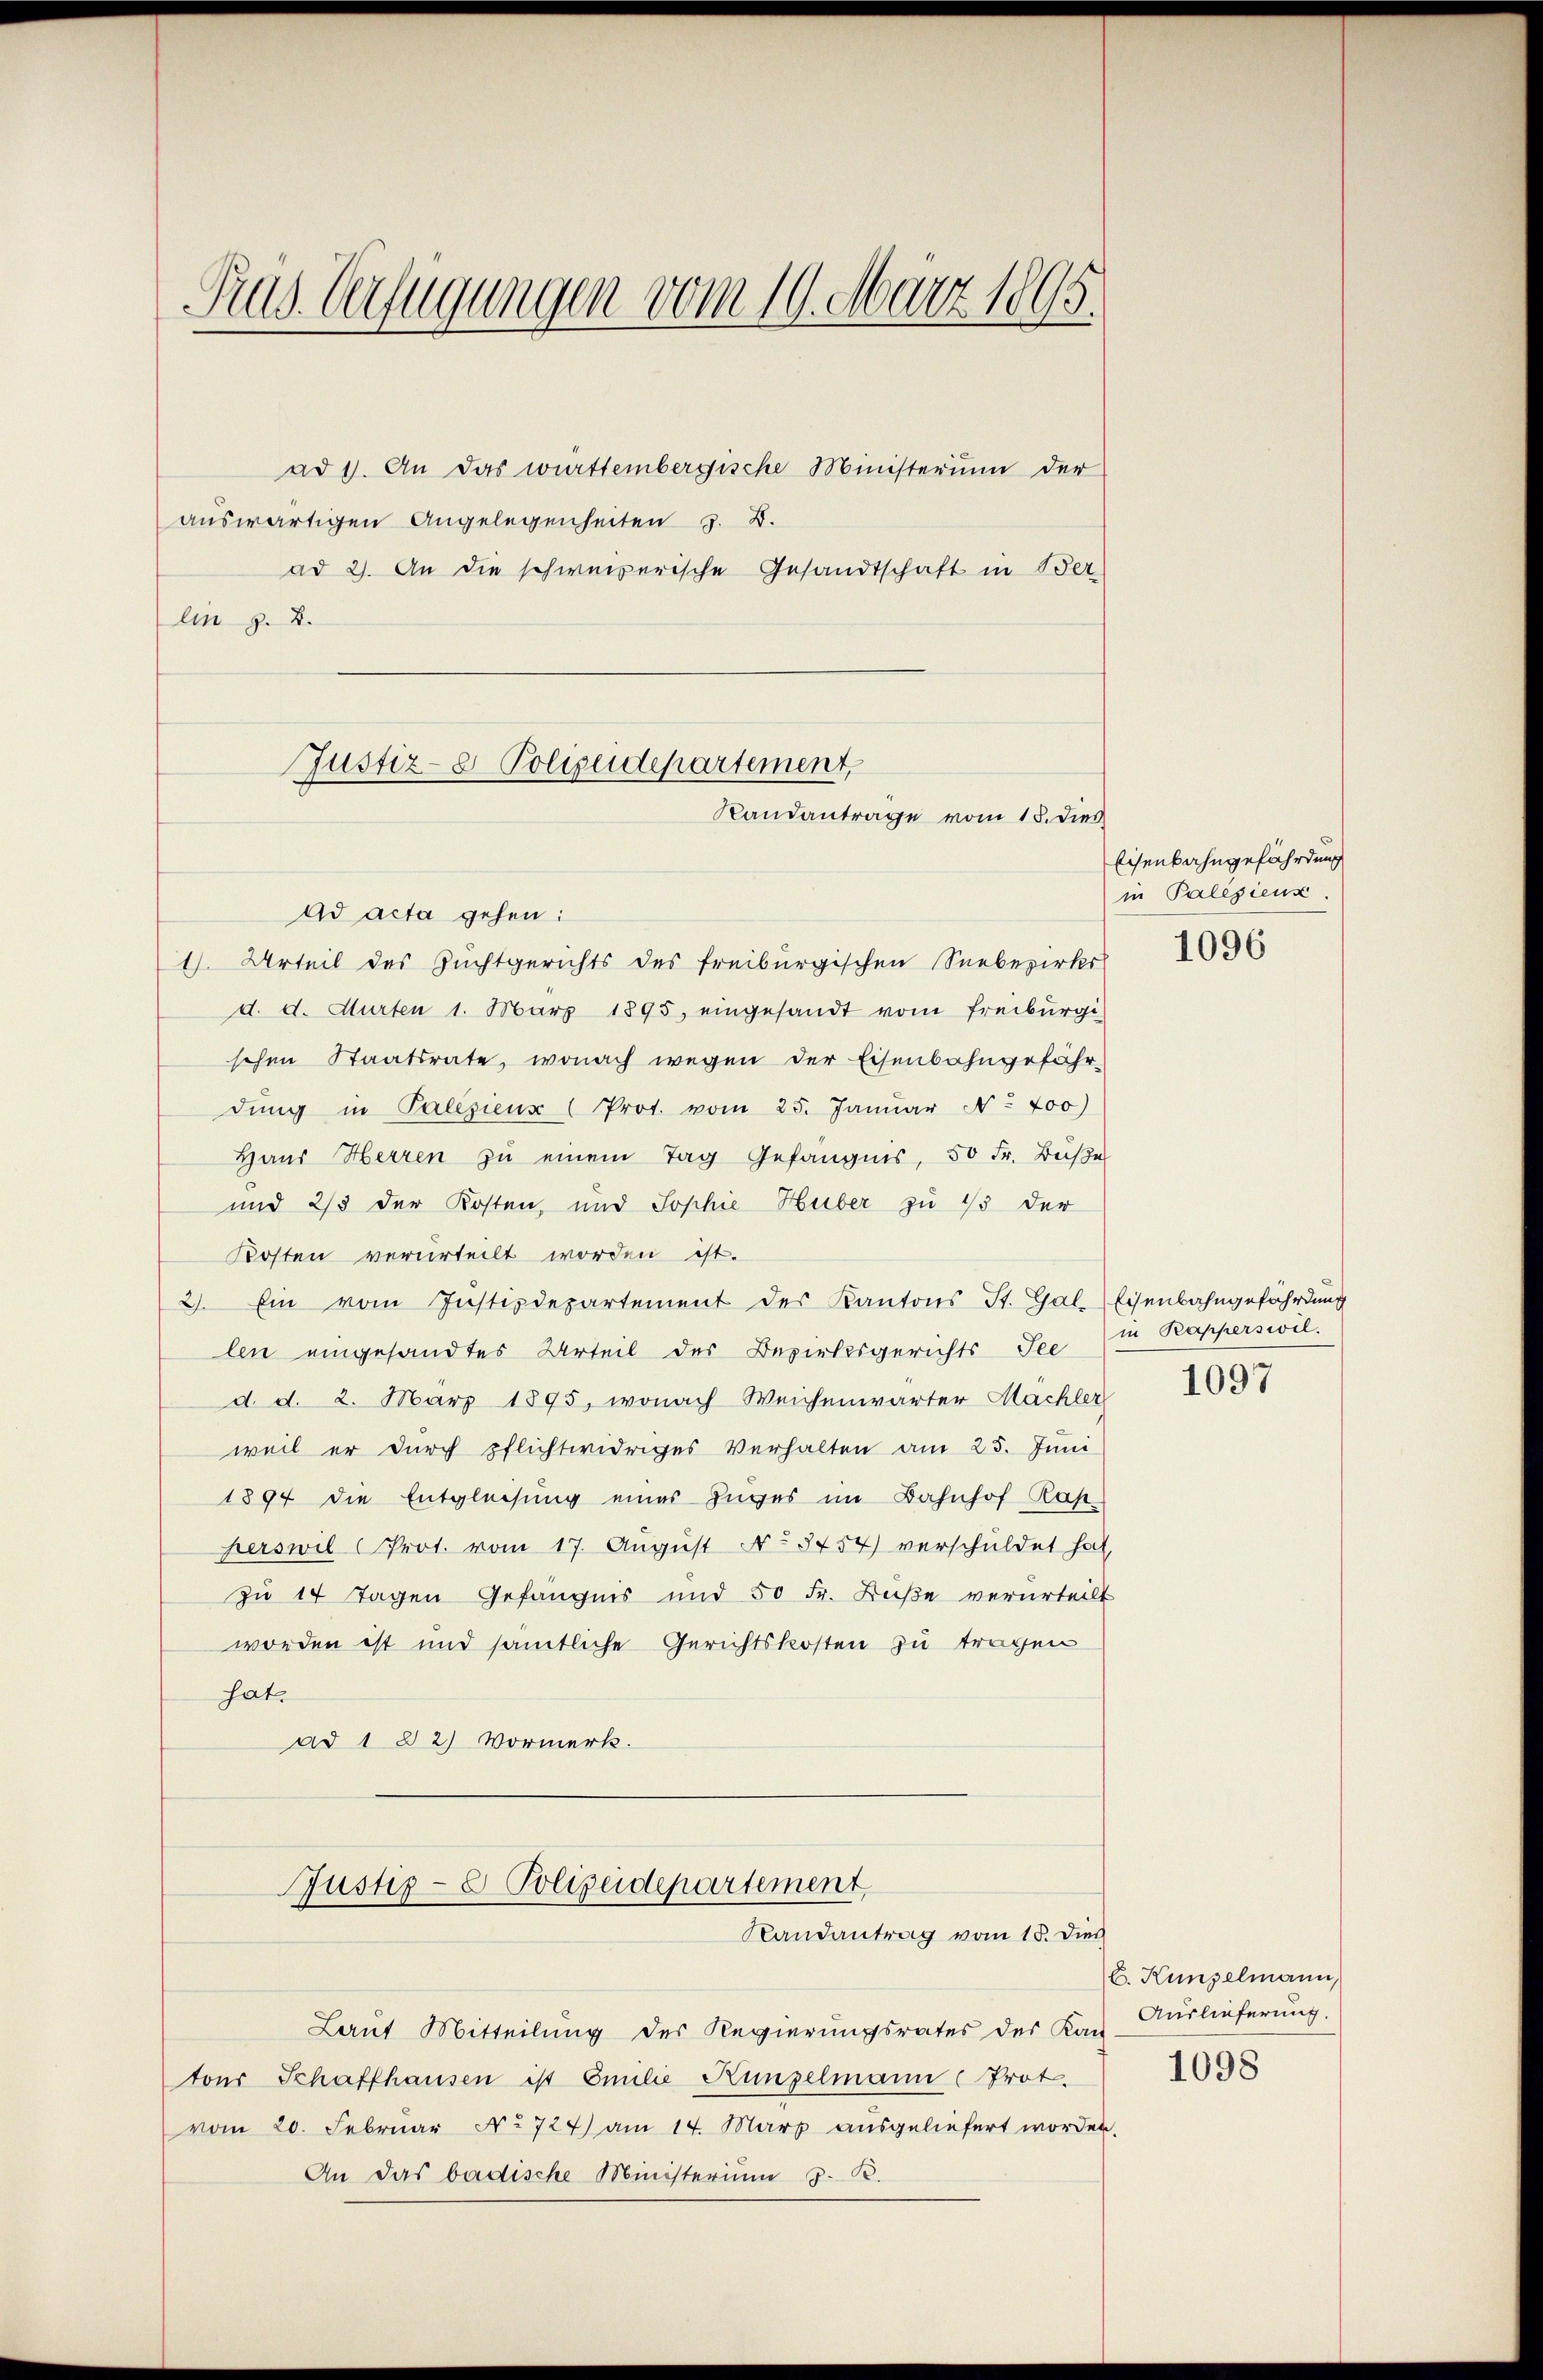
Pras. Verfügungen vom 19. März 1895.

ad 1. An das württembergische Ministerium der
auswärtigen Angelegenheiten z. B.
ad 2. An die schweizerische Gesandtschaft in Ber
An z. B.

Justiz- & Polizeidepartement,

Randantrage vom 18. dies

Ad acta gehen:
1). Urteil des Zuchtgerichts des Freiburgischen Seebezirks
d. d. Murten 1. März 1895. eingesandt vom Freiburgi
schen Staatsrate, wonach wegen der Eisenbahngefähr-
dŭng in Palesienz (Prot. vom 25. Januar No. 700)
Haus Herren zu einem Tag Gefängnis, 50 Fr. Base
und 2/3 der Kosten, und Sophie Huber zu 1/3 der
Kosten verurteilt worden ist.
2). Ein vom Instizdepartement der Kantons St. Gal-
len eingesandtes Urteil des Beziehesgerichts See
d. d. 2. März 1895, wonach Weichenwärter Machler
weil er durch pflichtwidriges Verhalten am 25. Juni
1894 die Entgleichung eines Zuges im Bahnhof Kap
herswil (Prot. vom 17. August No 3454) verschuldet hat,
zu 14 Tagen Gefängnis und 50 Fr. Buße verurteilt
worden ist und sämtliche Gerichtskosten zu tragen
hat.
ad 1 32) Vormerk.
Justiz- & Polizeidepartement
Randantrag vom 15. Dies
Laut Mitteilung des Regierungsrates des Kan-
tons Schaffhausen ist Emilie Kunzelmann (Prot.
vom 20. Februar No 727) am 14. März ausgeliefert worden.
An das badische Ministerium d. R.

Eisenbahngefährdung
in Palesiens.

1096

Eisenbahngefährdung
in Kapperswil.

1097

C. Kunzelmann,
Auslieferung.

1098